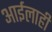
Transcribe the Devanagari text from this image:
आईलाही